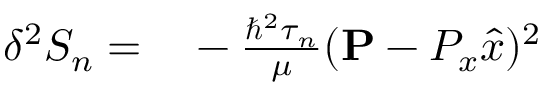
\begin{array} { r l } { \delta ^ { 2 } S _ { n } = } & { { } - \frac { \hbar ^ { 2 } \tau _ { n } } { \mu } ( { \bf P } - P _ { x } \hat { x } ) ^ { 2 } } \end{array}